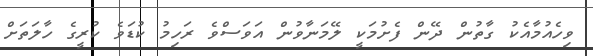
ވިހެއުމާއެކު ގާތުން ދޭން ފެށުމަކީ ލޭމަނާވުން އަވަސްވެ ރަހިމު ކުޑަވެ ކުރީގެ ހާލަތަށް